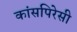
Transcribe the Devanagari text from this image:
कांसपिरेसी